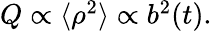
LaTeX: \begin{array}{r}{Q\propto\langle\rho^{2}\rangle\propto b^{2}(t).}\end{array}